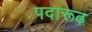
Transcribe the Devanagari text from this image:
पदारूढ़